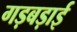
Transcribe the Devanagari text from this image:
गड़बड़ाई